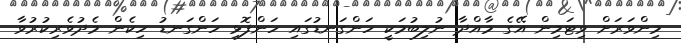
މިންވަރަށް ވިޓަމިން އޭގެ މާއްދާ ނުލިބުމަކީ ހަންގަނޑުގައި ހަންފޮޅި ހަންގަނޑު ހިކެން މެދުވެރިކުރުވާ